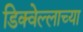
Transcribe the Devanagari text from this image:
डिक्वेल्लाच्या